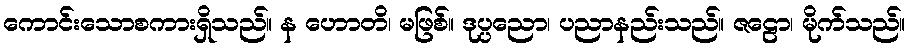
ကောင်းသောစကားရှိသည်။ န ဟောတိ၊ မဖြစ်။ ဒုပ္ပညော၊ ပညာနည်းသည်။ ဇဠော၊ မိုက်သည်။